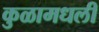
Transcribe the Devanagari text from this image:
कुळामधली